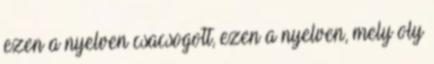
ezen a nyelven csacsogott, ezen a nyelven, mely oly